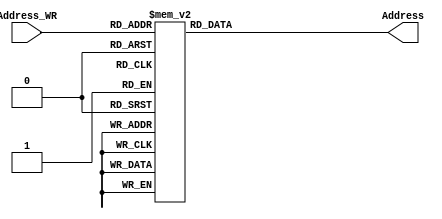
`timescale 1ns / 1ps
//////////////////////////////////////////////////////////////////////////////////
// Company: 
// 
// Design Name: 
// Module Name:    Deco_direcciones 
// Project Name: 
// Target Devices: 
// Tool versions: 
// Description: 
//
// Dependencies: 
//
// Revision: 
// Revision 0.01 - File Created
// Additional Comments: 
//
//////////////////////////////////////////////////////////////////////////////////
module Deco_direcciones(
	input [3:0] Address_WR,
	output reg [7:0] Address
    );

always @*
	case (Address_WR)
		4'b0000: Address = 8'b00000000;//00
		4'b0001: Address = 8'b00000001;//01
		4'b0010: Address = 8'b00000010;//02
		4'b0011: Address = 8'b00010000;//10
		4'b0100: Address = 8'b00100001;//21
		4'b0101: Address = 8'b00100010;//22
		4'b0110: Address = 8'b00100011;//23
		4'b0111: Address = 8'b00100100;//24
		4'b1000: Address = 8'b00100101;//25
		4'b1001: Address = 8'b00100110;//26
		4'b1010: Address = 8'b01000001;//41
		4'b1011: Address = 8'b01000010;//42
		4'b1100: Address = 8'b01000011;//43
		4'b1101: Address = 8'b11110000;//F0
		4'b1110: Address = 8'b11110001;//F1
		4'b1111: Address = 8'b11110010;//F2
		default : Address = 8'b00000000;//00
	endcase
	
endmodule